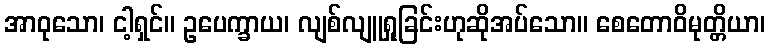
အာဝုသော၊ ငါ့ရှင်။ ဥပေက္ခာယ၊ လျစ်လျူရှုခြင်းဟုဆိုအပ်သော။ စေတောဝိမုတ္တိယာ၊